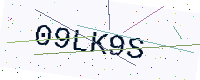
Text: 09LK9S